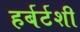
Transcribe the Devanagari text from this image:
हर्बर्टशी